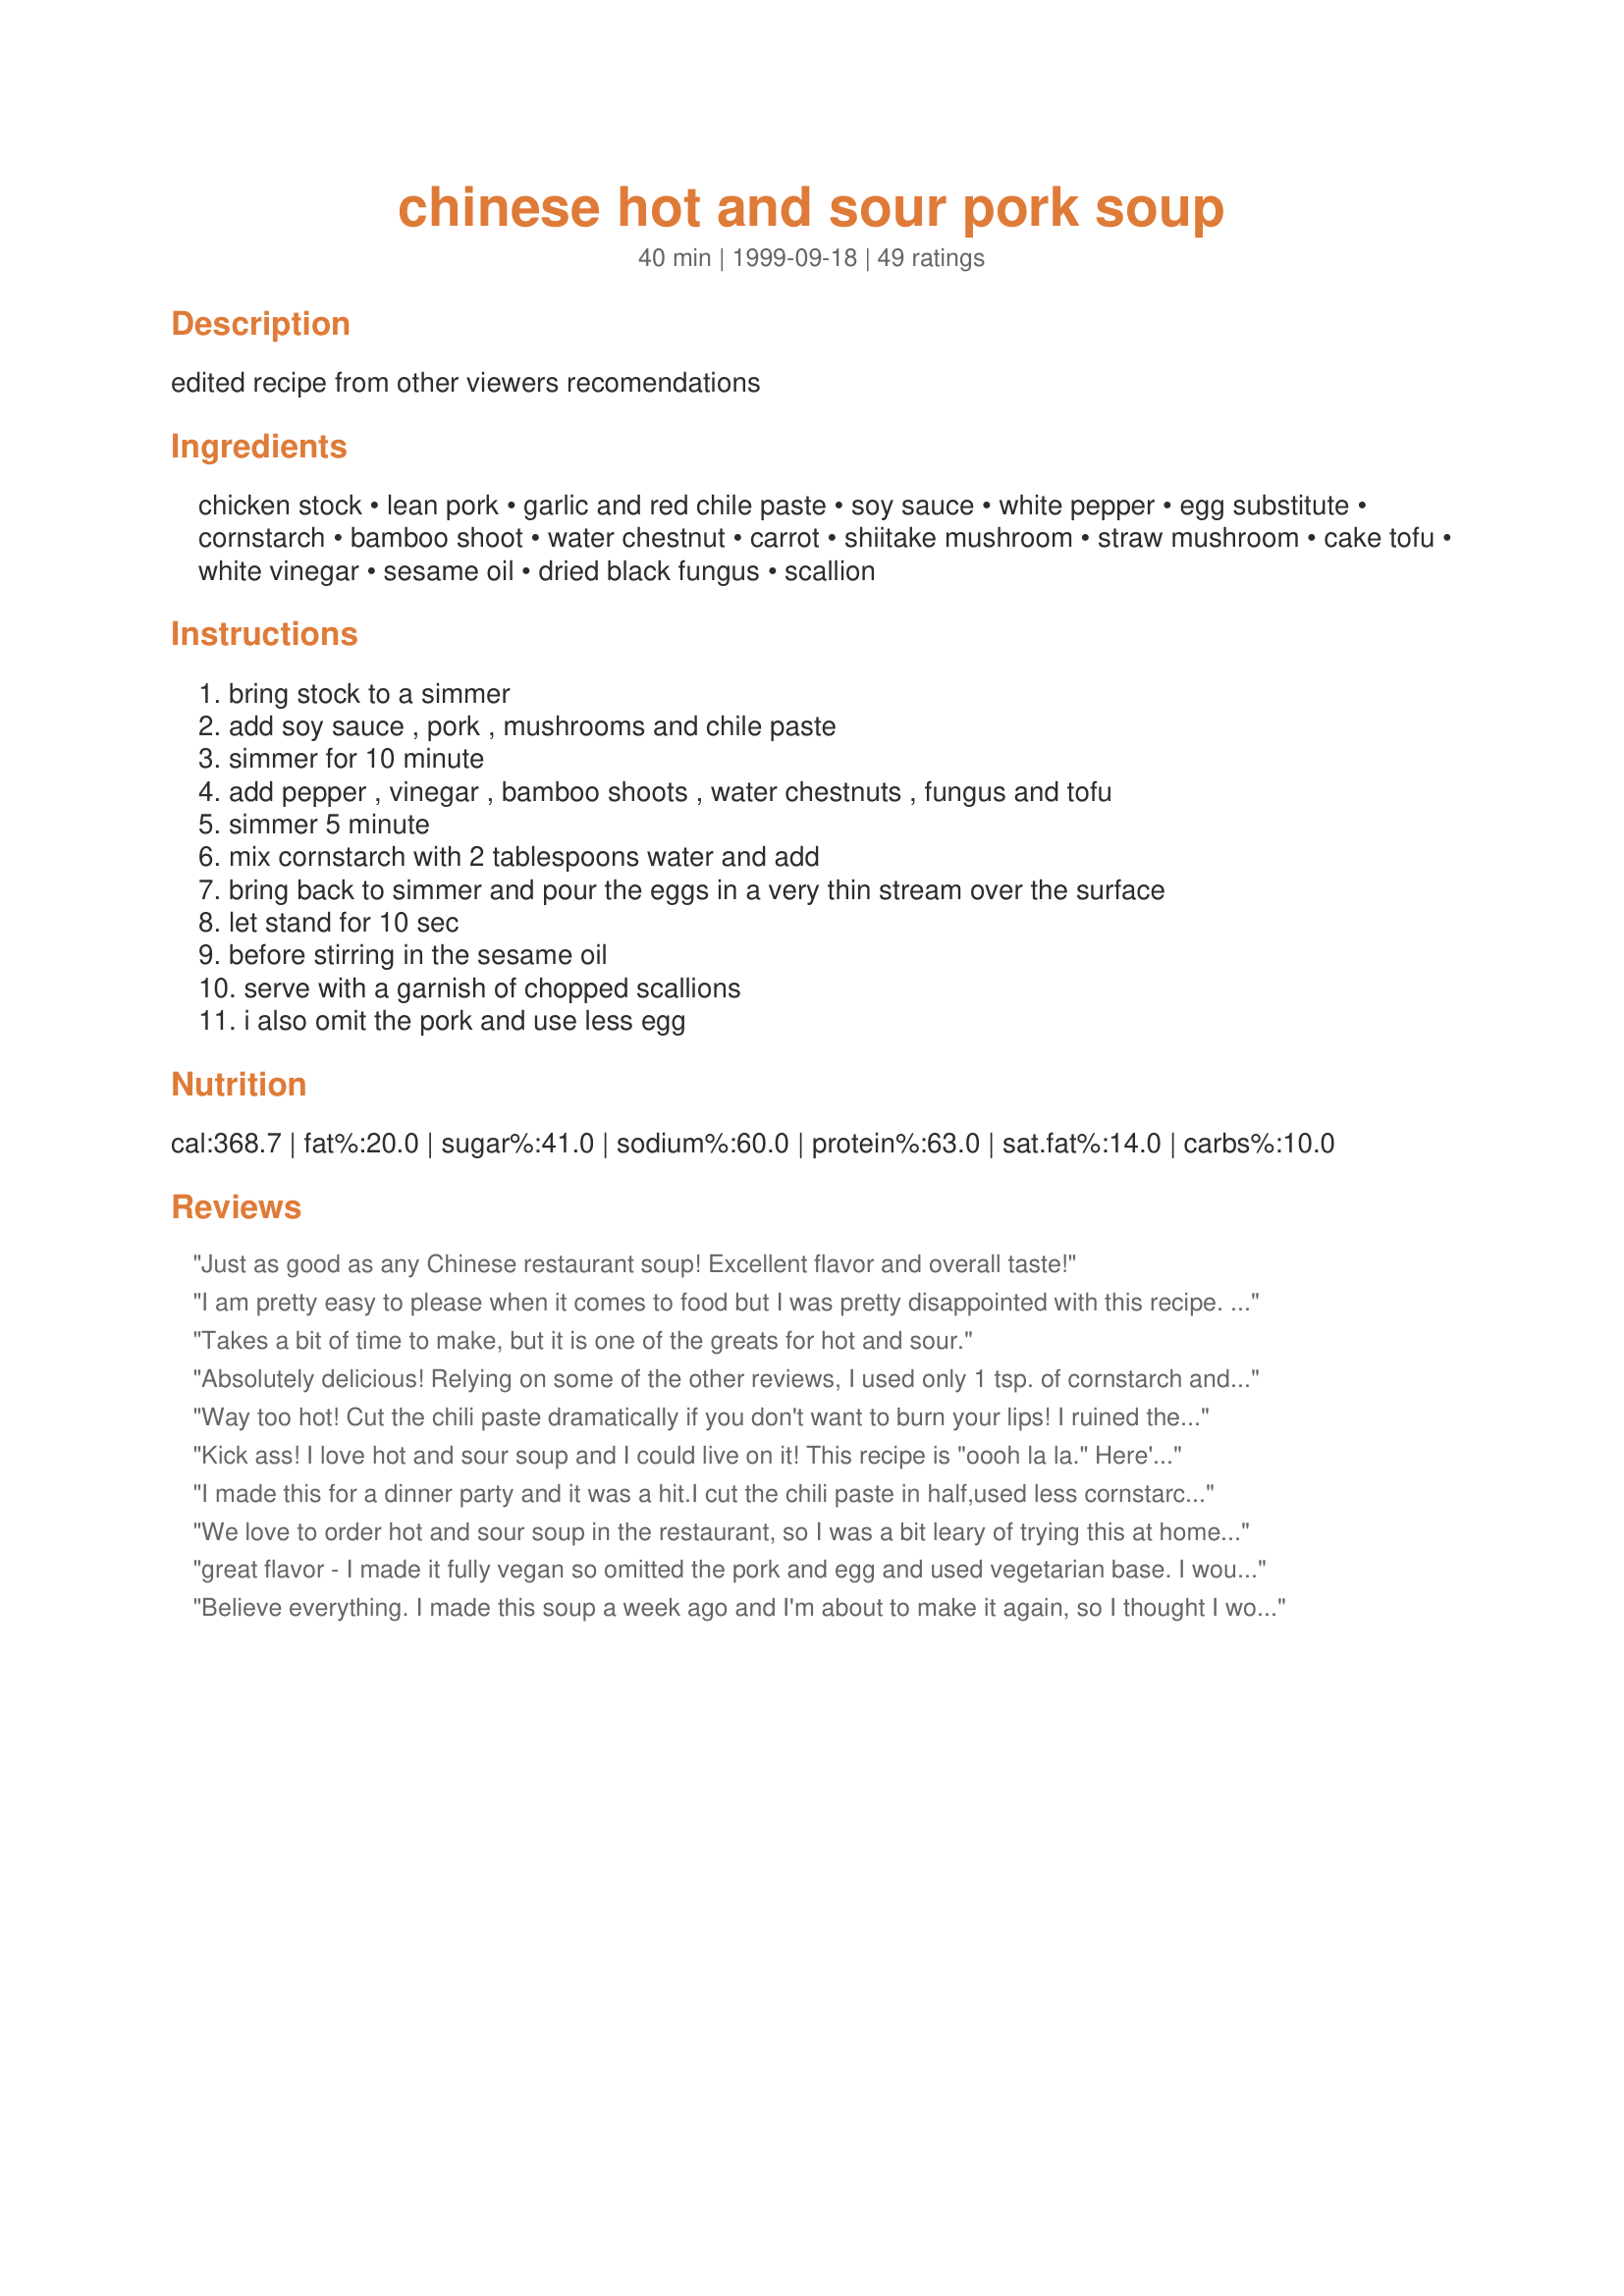
chinese hot and sour pork soup
Preparation time: 40 minutes

edited recipe from other viewers recomendations

Ingredients:
chicken stock, lean pork, garlic and red chile paste, soy sauce, white pepper, egg substitute, cornstarch, bamboo shoot, water chestnut, carrot, shiitake mushroom, straw mushroom, cake tofu, white vinegar, sesame oil, dried black fungus, scallion

Steps:
bring stock to a simmer, add soy sauce , pork , mushrooms and chile paste, simmer for 10 minute, add pepper , vinegar , bamboo shoots , water chestnuts , fungus and tofu, simmer 5 minute, mix cornstarch with 2 tablespoons water and add, bring back to simmer and pour the eggs in a very thin stream over the surface, let stand for 10 sec, before stirring in the sesame oil, serve with a garnish of chopped scallions, i also omit the pork and use less egg

Reviews:
Just as good as any Chinese restaurant soup! Excellent flavor and overall taste!
I am pretty easy to please when it comes to food but I was pretty disappointed with this recipe. I thought with all the positive reviews here it would be restaurant-quality. Boy was I wrong!

I followed this recipe exactly, omitting the water chestnut and carrots, but I still found it too bitter. I would back off on the vinegar but I can't think of any other way to improve this recipe. It was just plain awful! I will pay $1 for a cup of awesome authentic hot & sour at my local Chinese restaurant from now on.
Takes a bit of time to make, but it is one of the greats for hot and sour.
Absolutely delicious! Relying on some of the other reviews, I used only 1 tsp. of cornstarch and 1 tbsp. of garlic chili paste, and when taste-testing it was not spicy enough (my family likes strong taste) so I ended up using 2 tbsp paste as the recipe said. I also increased the soy to 3 tbsp and used 1/3 cup rice vinegar in place of 1/4 cup white vinegar. I also used low-sodium soy sauce, which worked fine. This was wonderful, flavorful and very authentic-tasting. Thanks for a great recipe!
Way too hot! Cut the chili paste dramatically if you don't want to burn your lips! I ruined the whole batch by following the directions exactly. I wish I had followed the other reviewers' advice!
Kick ass! I love hot and sour soup and I could live on it! This recipe is "oooh la la." 

Here's what I did different: halfed the amount of garlic and chili paste (and that's saying a lot b/c I love me some HOT stuff), and halfed the amount of cornstarch. I doubled the amount of soy, vinegar and sesame oil. I also increased the egg and tofu amount a tiny bit (b/c I excluded the yolks in half the eggs I used and I love tofu). USE YOUR OWN VARIATION AND ENJOY - IT DOESN'T GET ANY BETTER THAN THIS!!!
I made this for a dinner party and it was a hit.I cut the chili paste in half,used less cornstarch , 2 eggs and substituted chicken for pork. It had enough heat, but each person could add more chili sauce if desired. I will make this again.
We love to order hot and sour soup in the restaurant, so I was a bit leary of trying this at home. I knew my family would be tough to please when it came to this soup. I read through the instructions and thought I will try it. I am so glad I did....this is so good. I used my homemade chicken stock, and instead of straw mushrooms I used button mushrooms (what I had on hand), otherwise followed your recipe exactly. We really loved this and I plan on making this quite often when we make a chinese style meal. Thank you so much for posting this.
great flavor - I made it fully vegan so omitted the pork and egg and used vegetarian base. I would def. tone down the heat a bit for most audiences. I love the spice but it was even hot for me.
Believe everything. I made this soup a week ago and I'm about to make it again, so I thought I would post. Excellent soup. I'm not much of a cook so I just went through the comments and modified the recipe to my liking based on what others said. I was very impressed with the way it turned out, will make often.
This was outstanding. I reduced a few ingredients: 1 tb chile sauce, 1/2 pkg of tofu, 3 tb cornstarch and 3 eggs. And I didn't use the fungus. It was fabulous and surprisingly easy - I have saved this in my favorites!
Excellent recipe, however I used only one egg & cut back on the corn starch. I've also used canned chinese stir-fry vegetables (bamboo shoots, water chestnuts, mushrooms & bean sprouts) & frozen shrimp in this soup for variation & ease.
This recipe is the bomb! This is the closest to the restaurant kind that I've ever encountered. It has a permanent home in my personal recipe box now. As said in earlier posts, I would definitely only recommend using 1 Tbsp. of the chili sauce instead of 2 Tbsp. Also, only 4 Tbsp. of the corn starch is needed. Otherwise, it'll congeal pretty quickly. I highly recommend this recipe for anyone seeking "the real thing."
This is a GREAT recipe. Super easy to make, and tastes better than the soup in most of the chinese restaurants Ive been to!
I just made this soup.........I wish I could give it more than 5 stars. It is soooo good! I made it as stated in the recipe except I only put 1 tbsp. of garlic chili paste. This is even better than any hot sour soup I've had at Chinese restaurants! Thanks for this keeper!
Spot on!
Nancy, this was a super recipe! We made our Christmas Dinner this year an Asian theme. (Each year we do something different, to make each year memorable). This year was so successful. My sons thought the soup was divine! Everyone raved over it. We did add the left-over pork filling from the egg rolls to it, as we did not want to waste anything. It actually gave some additional texture and color, with the grated carrots. We did not use 4 eggs, but cut that amount in half. Also, we substituted the red chile paste with cayenne pepper. All of it tasted better than any restaurant we have been to in the USA and abroad. Thanks again for the great and fairly quick recipe.
I made this recipe exactly how it is written (except omitting the tofu), and it turned out pretty good. I really like the restaurant version of hot & sour soup, and this had a little different taste, but VERY close! I think the ingredients that threw the flavor off was the mushrooms. I used canned shiitake & straw mushroom (only way I could find them) and was not impress with the flavor & texture it gave. Next attempt will be with fresh button mushrooms...which I've had at a couple Chinese restaurants. Thanks so much!!
My boyfriend and i were very pleased with this recipe. he is half chinese so he knows the good stuff. the only thing we changed was the amount of chili paste. we only put one tablespoon instead of 2. the soup is very very spicy with 2 tblsp's. other than that it was great. the flavor is awesome. my boyfriend said that it tasted just like his mom's. that is a great compliment.
amity
Wonderful recipe with the modifications others have suggested (less chili paste, cornstarch, egg; a slight bit more vinegar - I used rice vinegar. I also reduced the soy sauce to 1 T). Also, to make things even easier, I use canned straw mushrooms, bamboo shoots and baby corn, and reconstituted shiitake mushrooms. I also omitted the pork and water chestnuts. If I have more time, I like to add the black fungus, and tiger lily buds (golden needles).
I just finished making this for dinner tonight and just had to taste it. What a flavor sensation. I didn't see where it said to add the carrots so I put them in with the bamboo shoots, and water chestnuts. I used 1 T garlic red chili sauce, 1/4 c. egg substitute and only had button mushrooms and dried shitake and also no tofu. This is one dynamite hot and sour soup. I can't wait until I have all the correct ingredients. This is great as I made it though.
I found this to be just great! I cut the recipe in half, and I took some of the others' advice and reduced the cornstarch (for half the recipe I only used 1 Tbsp. I also did not use the black fungus, used rice vinegar instead of white, and only used 1 egg. This tasted like I was eating it at a restaurant...I served it with steamed dumplings and Pad Thai as the main course.

WOW! This really IS the BEST!!!! I took others advice, and only used 1 Tbsp. of the chili paste, and it was more than enough. I don't like tofu, so I just used twice as much of the mushrooms. If you're looking for the best, this is it!
With a few adjustments, this is about perfect. Like others, I found 1 tbsp. of garlic and red chile paste provided plenty of punch and 2 tbsp. cornstarch was right. I used 4 eggs, but next time I'll use two. The vegetables can be varied at will. I used Golden Needles, but no fungus and regular mushrooms instead of the straw. We did not care for water chestnuts in the soup and I wouldn't use them next time. And there WILL be a next time, because I am now done looking for the Hot and Sour Soup of my dreams.
When I visited China I ate a lot of hot and sour soup, mostly because I could be more sure of the ingredients! This is the closest I've found to the taste of the soup there, better than any restaurant soup I've tried. I make it with extra garlic chile mix and no meat. Only problem is, I haven't found dried black fungus. Maybe it would be even better?
Loved it!
Very good recipe. I enjoyed the spiciness very much, as my family is used to eating very spicy Indian dishes. However, if you are not into extremely spicy foods, I suggest reducing the chili paste.

~Sashwat
I apologize for taking so long to review this recipe as I have made this now at least 3 times. I did make some changes but only because we like our soup not quit as thick as what this recipe calls for. Therefore I used 4 tbs of cornstarch and 2 eggs. I did not think that the chili sauce needed to be adjusted. We all agreed that it had just the right amount of heat. My daughter enjoys this so much that she now fixes a big pot of it on the weekends (minus all the meat and veggies) and eats it for lunch through out the week. This is a prize recipe.
Oh. My. This is the holy grail of Hot and Sour Soup. Fried up a batch of wonton strips and everybody had seconds. This is a definite keeper.
We make this recipe OFTEN! It is the best we've ever tasted. Modifications:
1.Double recipe and freeze it.
2. Leave out eggs until ready to eat.
3. Black pepper instead of white.
4. Use only 5 TBSP cornstarch in doubled recipe.
5. Leave out bamboo shoots.
6. Use whatever kind of mushrooms are available. Usually a mix of several kinds.
7. Rice vinegar instead of white.
8. Leave out black fungus.
Great recipe for anyone who like it as close as it come to the real thing! Very simple to make and you can find all the ingredents in your local supermarket! I myself would cut back on the white pepper and add a little bit of hot oil (not to much)! I would also add about 1 1/2 tbls more of vineger. (or to taste) add a little more meat and you can serve with a bowl of white rice with steamed veggies for a meal of its own.
I made this as it is listed. I really enjoyed it and will make it again soon.
This is the first time I've left a review. Could not resist because this soup was so good. I always order Hot & Sour soup at chinese restaurants, it's my favourite. And I've tried to make it from scratch several times unsuccessfully. This recipe was easy and the ultimate Hot & Sour soup. I will never look further for a recipe. The changes I made were to use 1.5 tbsp of chili paste (I like spice but would reduce further if not used to it), 2 eggs and 3 tbsp of cornstarch, no pork, no straw mushrooms and substituted dried porcini mushrooms for the dried black fungus. Next time I'd try to find the dried black fungus and cut the water chestnuts into smaller pieces. Thank you for the wonderful recipe.
this was pretty good on the whole. a few things: the cornstarch was waaay too much and it made the soup unbearably thick, less soupy and more mealie. i'll probably use just three tablespoons next time, perhaps less. the two tablespoons of chili sauce were also too much, just one would suffice. otherwise, the recipe is good. i omitted the pork and used less egg. i couldn't find black fungus so used dried wild mushrooms which worked out just fine. the soup is very filling and will have your scalp sweating by the time you're done.
I can't believe how great this recipe is! It tastes just like the hot and sour soup I have been craving, but can't have in the UK b/c we can't afford to eat out. 

I left out the pork, eggs, carrot, water chestnut, and black fungus. It was delicious. I used 2 tablespoons of cornstarch and did not find the soup thick at all.

Next time I'll try to find golden needles and black fungus, and then maybe open a Chinese restaurant! 

Thanks for a great recipe that I'll be sharing with family and friends!
I'm so happy to have found this soup! I happily used 2 T of garlic chili sauce - I like my lips to be a little numb when I finish my Hot and Sour Soup! I only used 1 egg and didn't have any dried black fungus. I also used about 8 oz of tofu and that was plenty for us. My husband and son were so impressed, they figured the local Chinese restaurant could use me for a chef. Thanks for posting!
It was just what we were looking for! I didn't have some of the mushrooms and skipped the tofu but it was great! We'll definitely be making this recipe again. As one of the other reviewers mentioned, we cut back the Chili to 1.5 tbsp and it was just the right heat.
Also loved this recipe. Cut back on the eggs (used 3) and omitted pork and tofu. Added a splash more vinegar an used reconstituted shiitake's. Yum! Perfect for killing a cold.
With a few adjustments this is the best I have ever made. I've searched far and wide for a good recipe, and here it is. I added two additional cups of broth. Used 2 tablespoons of corn starch, two eggs, and a splash more vinegar. I agree that using the two tablespoons of chili sauce makes it really really hot, but I like it that way. Served it with sticky rice. It was tremendous. What a find. Thanks for posting this recipe.
my family like the bamboo shoots whole. but we love your recipe
We really enjoyed this soup. My 15y/o daughter has been jonesing for Hot & Sour soup so off I went to find a recipe. My 14 LOVED it, the grownups did too! I used 2 eggs, all dried mushrooms which I hydrated, added both chicken and tofu. I was not thick from the corn starch or too salty or too tangy from the vinegar. It was a golden brown color and very appealing. Super good on day 2 for lunch! It's a winner all the way around. Thanks for sharing Nancy!
I was unable to find the black fungi but the recipe turned out GREAT! I've tried dozens of recipes and none can compare to this one. It's a keeper.
AWESOME !!!!! I will never buy hot & sour soup from a restaraunt again !
i added some wasabi bean sauce & and japanese pepper pods to heat it up a bit more but apart from that it was SPOT ON
Excellent !
This was an awesome recipe. I was looking for something that replicated a soup that my fiance and I had in Hong Kong and with a few additions this recipe was perfect. Used more broth and less cornstarch. Added cilantro, bean sprouts, half the chili paste, and used regular mushrooms instead of straw mushrooms. Next time I think I will make it thicker and possibly add noodles in place of tofu. My fiance is already begging me to make this again. Thanks for the recipe Nancy!
Ok so this is an ok recipe I added some stuff and mine tastes like it came from a restaurant black fungus lily flower buds and a few other things and it perfect
I can't believe I have never left a rating on this absolutely fabulous recipe. I've made it for years and everyone just raves over it. The recipe has been passed out numerous times. It is the BEST hot and sour soup I have ever had and that includes in Chinese restaurants. It is my go to recipe, period. 
We like it hot so I used 3 tablespoons of the garlic/chili sauce. I omitted the carrots and used 2 beaten eggs instead of the more healthy egg substitute. Regarding the cornstarch, I just keep adding the slurry until it looks to be the right consistency. Everything else is as the recipe recommends....including the black fungus...or wood ear mushrooms. 
Thanks so much, Nancy.
Tastse surpasses any found in Chinese restaurant! Presents well. Simple to make.
I cut hot pepper by 50%, omitted the pork. Am striving to reduce the sodium.
Very good !! I didn't have chili paste so used 2 large cloves of garlic and a heaping 1/2 tsp. of Italian pepper seeds. That was just the right amount of heat for us. 1 rounded Tbsp. of cornstarch was perfect. Did use about 1/2 tsp. of pepper but will omit it next time. The bite was harsh. I will also omit the egg. I don't believe it adds to the flavor and the broth would be much more appealing to the eye without it. Did garnish with chopped Cilantro. It added a nice flavor and additional color.
